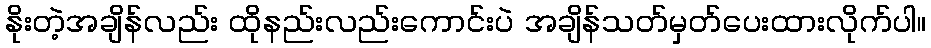
နိုးတဲ့အချိန်လည်း ထိုနည်းလည်းကောင်းပဲ အချိန်သတ်မှတ်ပေးထားလိုက်ပါ။